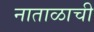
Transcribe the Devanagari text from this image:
नाताळाची